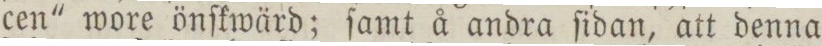
cen' wore önſkwärd; ſamt å andra ſidan, att denna